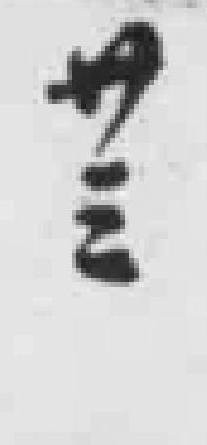
廿三